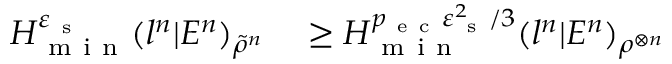
\begin{array} { r l } { H _ { \mathrm { ~ m ~ i ~ n ~ } } ^ { \varepsilon _ { \mathrm { ~ s ~ } } } ( l ^ { n } | E ^ { n } ) _ { \tilde { \rho } ^ { n } } } & { { } \geq H _ { \mathrm { ~ m ~ i ~ n ~ } } ^ { p _ { \mathrm { ~ e ~ c ~ } } \varepsilon _ { \mathrm { ~ s ~ } } ^ { 2 } / 3 } ( l ^ { n } | E ^ { n } ) _ { \rho ^ { \otimes n } } } \end{array}